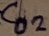
Text: C02